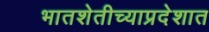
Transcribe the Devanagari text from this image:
भातशेतीच्याप्रदेशात